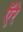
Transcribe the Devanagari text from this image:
ऍरे